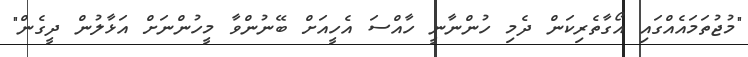
"މުޖުތަމައެއްގައި އޯގާތެރިކަން ދެމި ހުންނާނީ ހާއްސަ އެހީއަށް ބޭނުންވާ މީހުންނަށް އަޅާލުން ދީގެން"